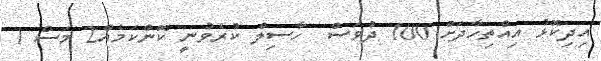
އިދިކޮޅު އިއްތިހާދަށް 100 ދުވަސް  ހާސިލް ކުރެވުނީ ކޮންކަމެއް2 މަސް 1